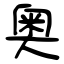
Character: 奥